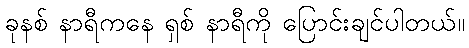
ခုနစ် နာရီကနေ ရှစ် နာရီကို ပြောင်းချင်ပါတယ်။